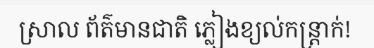
ស្រាល ព័ត៌មានជាតិ ភ្លៀងខ្យល់កន្ត្រាក់!